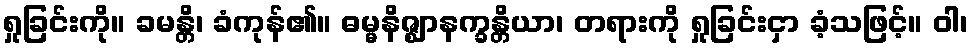
ရှုခြင်းကို။ ခမန္တိ၊ ခံကုန်၏။ ဓမ္မနိဇ္ဈာနက္ခန္တိယာ၊ တရားကို ရှုခြင်းငှာ ခံ့သဖြင့်။ ဝါ၊